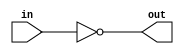
`timescale 1ns / 1ps
//////////////////////////////////////////////////////////////////////////////////
// Company: 
// Engineer: 
// 
// Design Name: 
// Module Name:    inverter 
// Project Name: 
// Target Devices: 
// Tool versions: 
// Description: 
//
// Dependencies: 
//
// Revision: 
// Revision 0.01 - File Created
// Additional Comments: 
//
//////////////////////////////////////////////////////////////////////////////////
`ifndef _inverter
`define _inverter

module inverter(in, out);

input in;
output out;

	not n1 (out, in);

endmodule

`endif